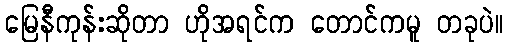
မြေနီကုန်းဆိုတာ ဟိုအရင်က တောင်ကမူ တခုပဲ။